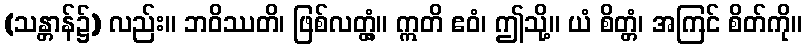
(သန္တာန်၌) လည်း။ ဘဝိဿတိ၊ ဖြစ်လတ္တံ့။ ဣတိ ဧဝံ၊ ဤသို့။ ယံ စိတ္တံ၊ အကြင် စိတ်ကို။